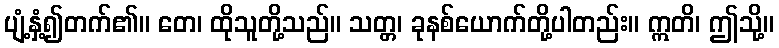
ပျံ့နှံ့၍တက်၏။ တေ၊ ထိုသူတို့သည်။ သတ္တ၊ ခုနစ်ယောက်တို့ပါတည်း။ ဣတိ၊ ဤသို့။